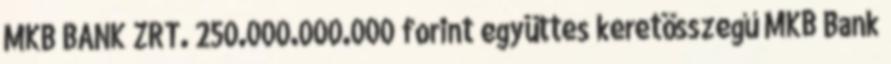
MKB BANK ZRT. 250.000.000.000 forint együttes keretösszegű MKB Bank